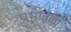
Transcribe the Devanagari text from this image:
प्रभावली